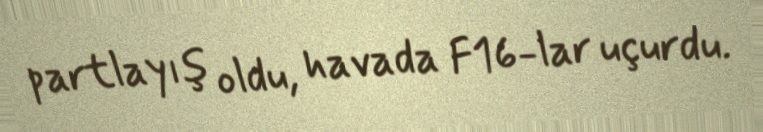
partlayış oldu, havada F16-lar uçurdu.